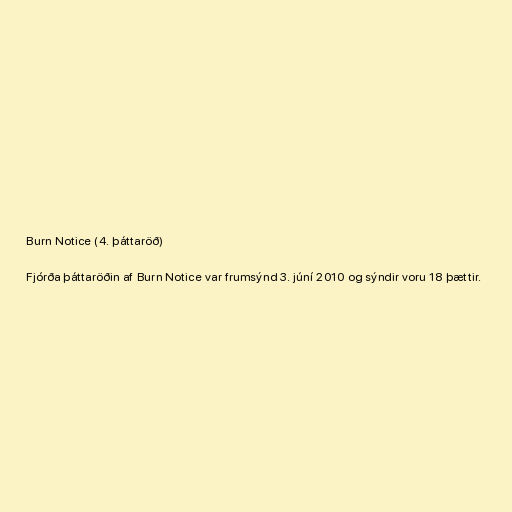
Burn Notice (4. þáttaröð)

Fjórða þáttaröðin af Burn Notice var frumsýnd 3. júní 2010 og sýndir voru 18 þættir.